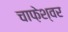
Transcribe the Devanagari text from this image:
चाफ़ेश्वर